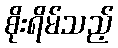
စိုးရိမ်သည့်